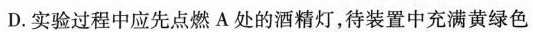
D.实验过程中应先点燃A处的酒精灯，待装置中充满黄绿色